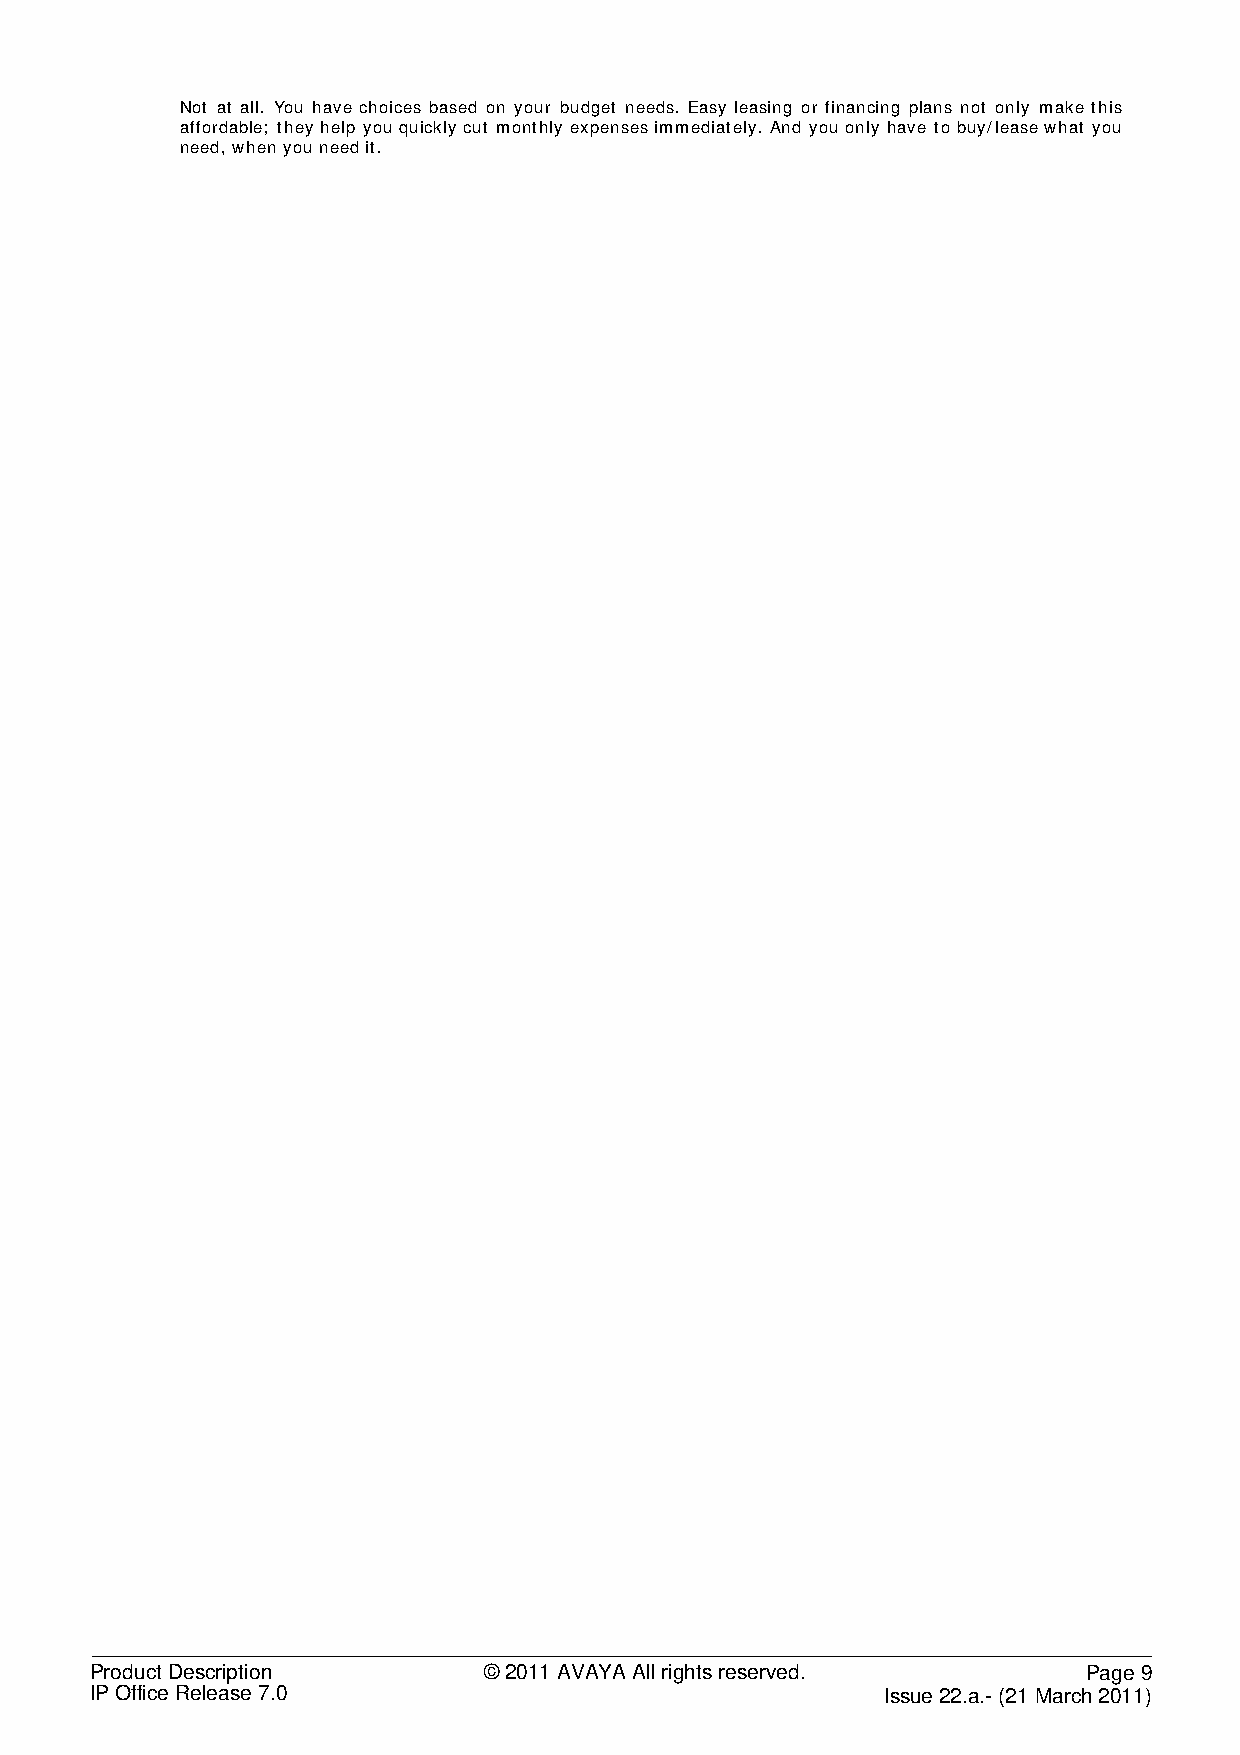
Not at all. You have choices based on your budget needs. Easy leasing or financing plans not only make this
 affordable; they help you quickly cut monthly expenses immediately. And you only have to buy/lease what you
 need, when you need it.
 Product Description       © 2011 AVAYA All rights reserved.       Page 9
 IP Office Release 7.0                                Issue 22.a.- (21 March 2011)